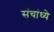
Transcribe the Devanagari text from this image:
संचांध्ये